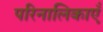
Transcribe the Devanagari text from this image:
परिनालिकाएँ